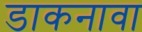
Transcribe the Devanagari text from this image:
डाकनावा